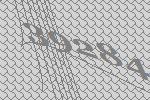
39284